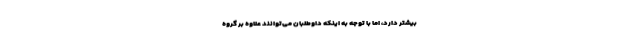
بیشتر دارد، اما با توجه به اینکه داوطلبان می‌توانند علاوه بر گروه